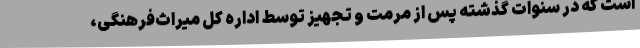
است که در سنوات گذشته پس از مرمت و تجهیز توسط اداره کل میراث‌فرهنگی،